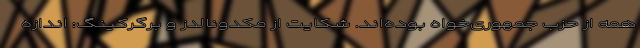
همه از حزب جمهوری‌خواه بوده‌اند. شکایت از مکدونالدز و برگرکینگ: اندازه